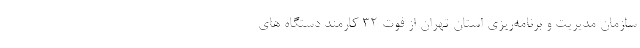
سازمان مدیریت و برنامه‌ریزی استان تهران از فوت ۳۲ کارمند دستگاه های